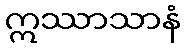
ဣဿာသာနံ